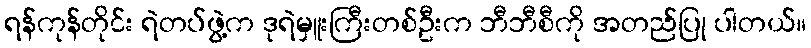
ရန်ကုန်တိုင်း ရဲတပ်ဖွဲ့က ဒုရဲမှူးကြီးတစ်ဦးက ဘီဘီစီကို အတည်ပြု ပါတယ်။